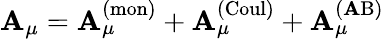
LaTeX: \mathbf{A}_{\mu}=\mathbf{A}_{\mu}^{(\mathrm{{mon}})}+\mathbf{A}_{\mu}^{(\mathrm{{Coul}})}+\mathbf{A}_{\mu}^{(\mathrm{{\mathbf{A}B}})}